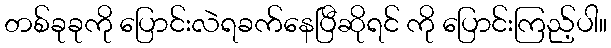
တစ်ခုခုကို ပြောင်းလဲရခက်နေပြီဆိုရင် ကို ပြောင်းကြည့်ပါ။